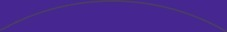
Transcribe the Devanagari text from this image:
ग्रिर्फोइगोदुय्दुग्दुएओगिसोद्त्घ्दीईईईईइगोफुसूऔऔऔऔऔऔऔऔऔऔऔऔऔऔऔऔऔऔऔऔऔऔऔऔऔऔऔऔओइरुफ्गुइस्ग्फिस्ग्फुय्ग्क्षुऔऔऔऔऔऔऔऔऔऔऔऔऔऔऔऔऔऔऔऔऔऔऔऔऔऔऔऔऔऔऔऔऔऔऔऔऔऔऔऔऔऔऔऔऔऔऔऔऔऔऔऔऔऔऔऔऔऔऔऔऔऔऔऔऔऔऔऔऔऔऔऔऔऔऔऔऔऔऔऔऔऔऔऔऔऔऔऔऔऔऔऔऔऔऔऔऔऔऔऔऔऔऔऔऔऔऔऔ